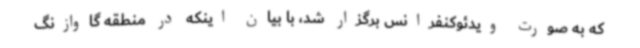
که به ‌صورت ویدئوکنفرانس برگزار شد، با بیان اینکه در منطقه گاوازنگ